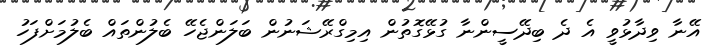
އޭނާ ވިދާޅުވީ އެ ދެ ބިދޭސީންނާ ގުޅޭގޮތުން އިމިގްރޭޝަނުން ބަލަންޖެހޭ ބެލުންތައް ބެލުމަށްފަހު